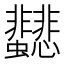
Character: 𩈂